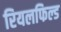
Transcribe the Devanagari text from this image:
रियलफिल्ड